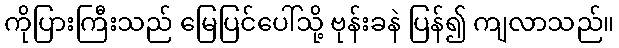
ကိုပြားကြီးသည် မြေပြင်ပေါ်သို့ ဗုန်းခနဲ ပြန်၍ ကျလာသည်။